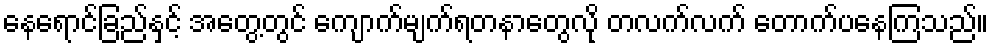
နေရောင်ခြည်နှင့် အတွေ့တွင် ကျောက်မျက်ရတနာတွေလို တလက်လက် တောက်ပနေကြသည်။